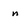
Character: n